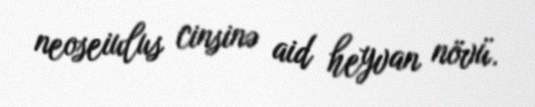
neoseiulus cinsinə aid heyvan növü.